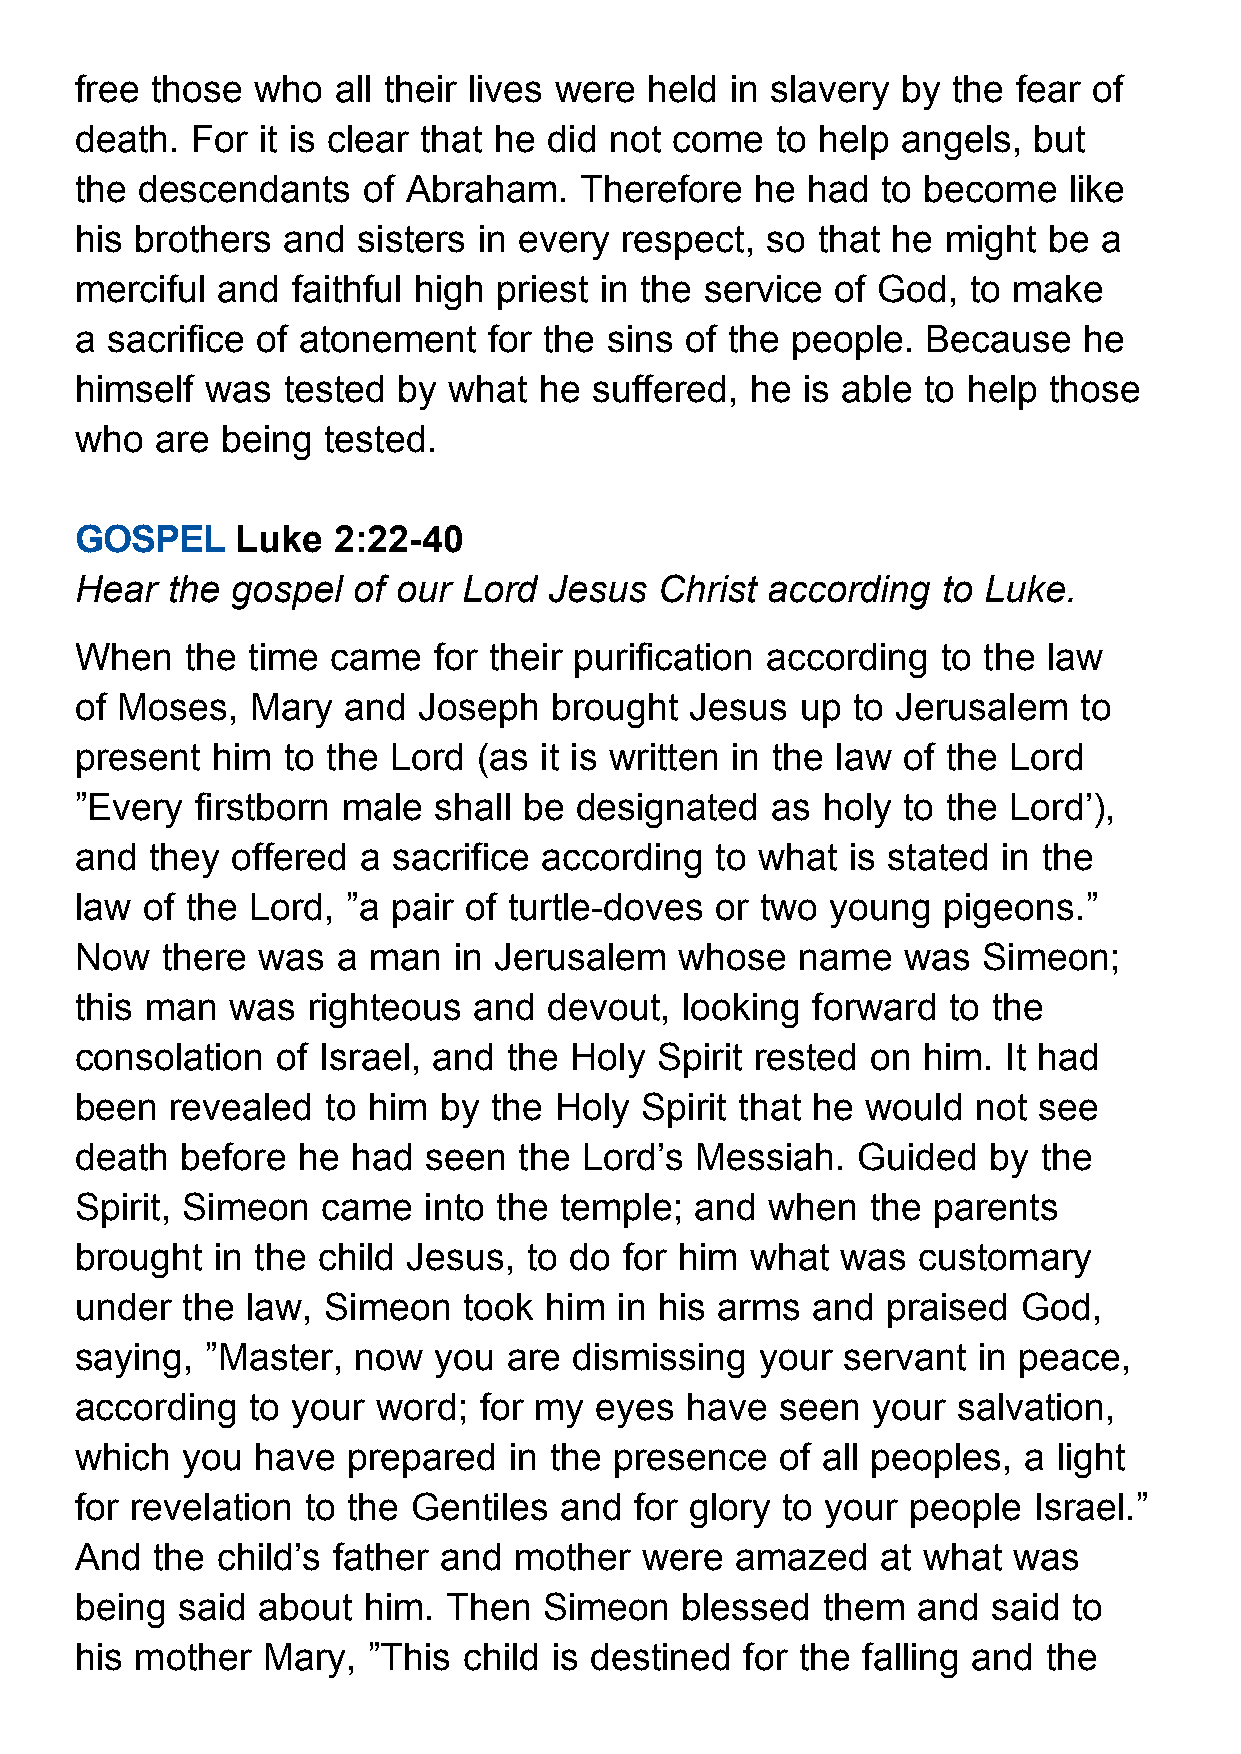
free those  who  all their lives were held in slavery  by the fear of
 death.  For it is clear that he did not come  to help  angels, but
 the descendants    of Abraham.   Therefore   he had  to become    like
 his brothers  and  sisters in every respect,  so that he  might be  a
 merciful and  faithful high priest in the service of God,  to make
 a sacrifice of atonement   for the sins of the people.  Because    he
 himself  was  tested by  what  he suffered,  he is able to help those
 who  are  being tested.
 GOSPEL     Luke  2:22-40
 Hear  the gospel  of our  Lord Jesus   Christ according  to Luke.
 When   the time  came   for their purification according to the law
 of Moses,   Mary  and  Joseph  brought   Jesus  up to Jerusalem   to
 present  him  to the Lord  (as it is written in the law of the Lord
 ”Every  firstborn male  shall be designated   as holy  to the Lord’),
 and  they offered  a sacrifice according  to what  is stated in the
 law of the Lord,  ”a pair of turtle-doves or two  young  pigeons.”
 Now   there was  a man   in Jerusalem   whose   name   was  Simeon;
 this man  was  righteous  and  devout,  looking  forward  to the
 consolation  of Israel, and  the Holy Spirit rested  on him.  It had
 been  revealed   to him by  the Holy Spirit that he would   not see
 death  before  he had  seen  the  Lord’s Messiah.   Guided  by  the
 Spirit, Simeon  came   into the temple;  and  when   the parents
 brought  in the child Jesus,  to do for him  what  was  customary
 under  the law, Simeon    took him  in his arms  and  praised  God,
 saying,  ”Master, now   you  are dismissing  your  servant  in peace,
 according  to your  word;  for my eyes  have   seen  your salvation,
 which  you  have  prepared   in the presence   of all peoples, a light
 for revelation to the Gentiles  and  for glory to your people  Israel.”
 And  the child’s father and  mother   were  amazed   at what  was
 being  said about  him.  Then  Simeon   blessed  them   and  said to
 his mother  Mary,  ”This  child is destined for the falling and the